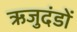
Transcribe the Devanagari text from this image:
ऋजुदंडों